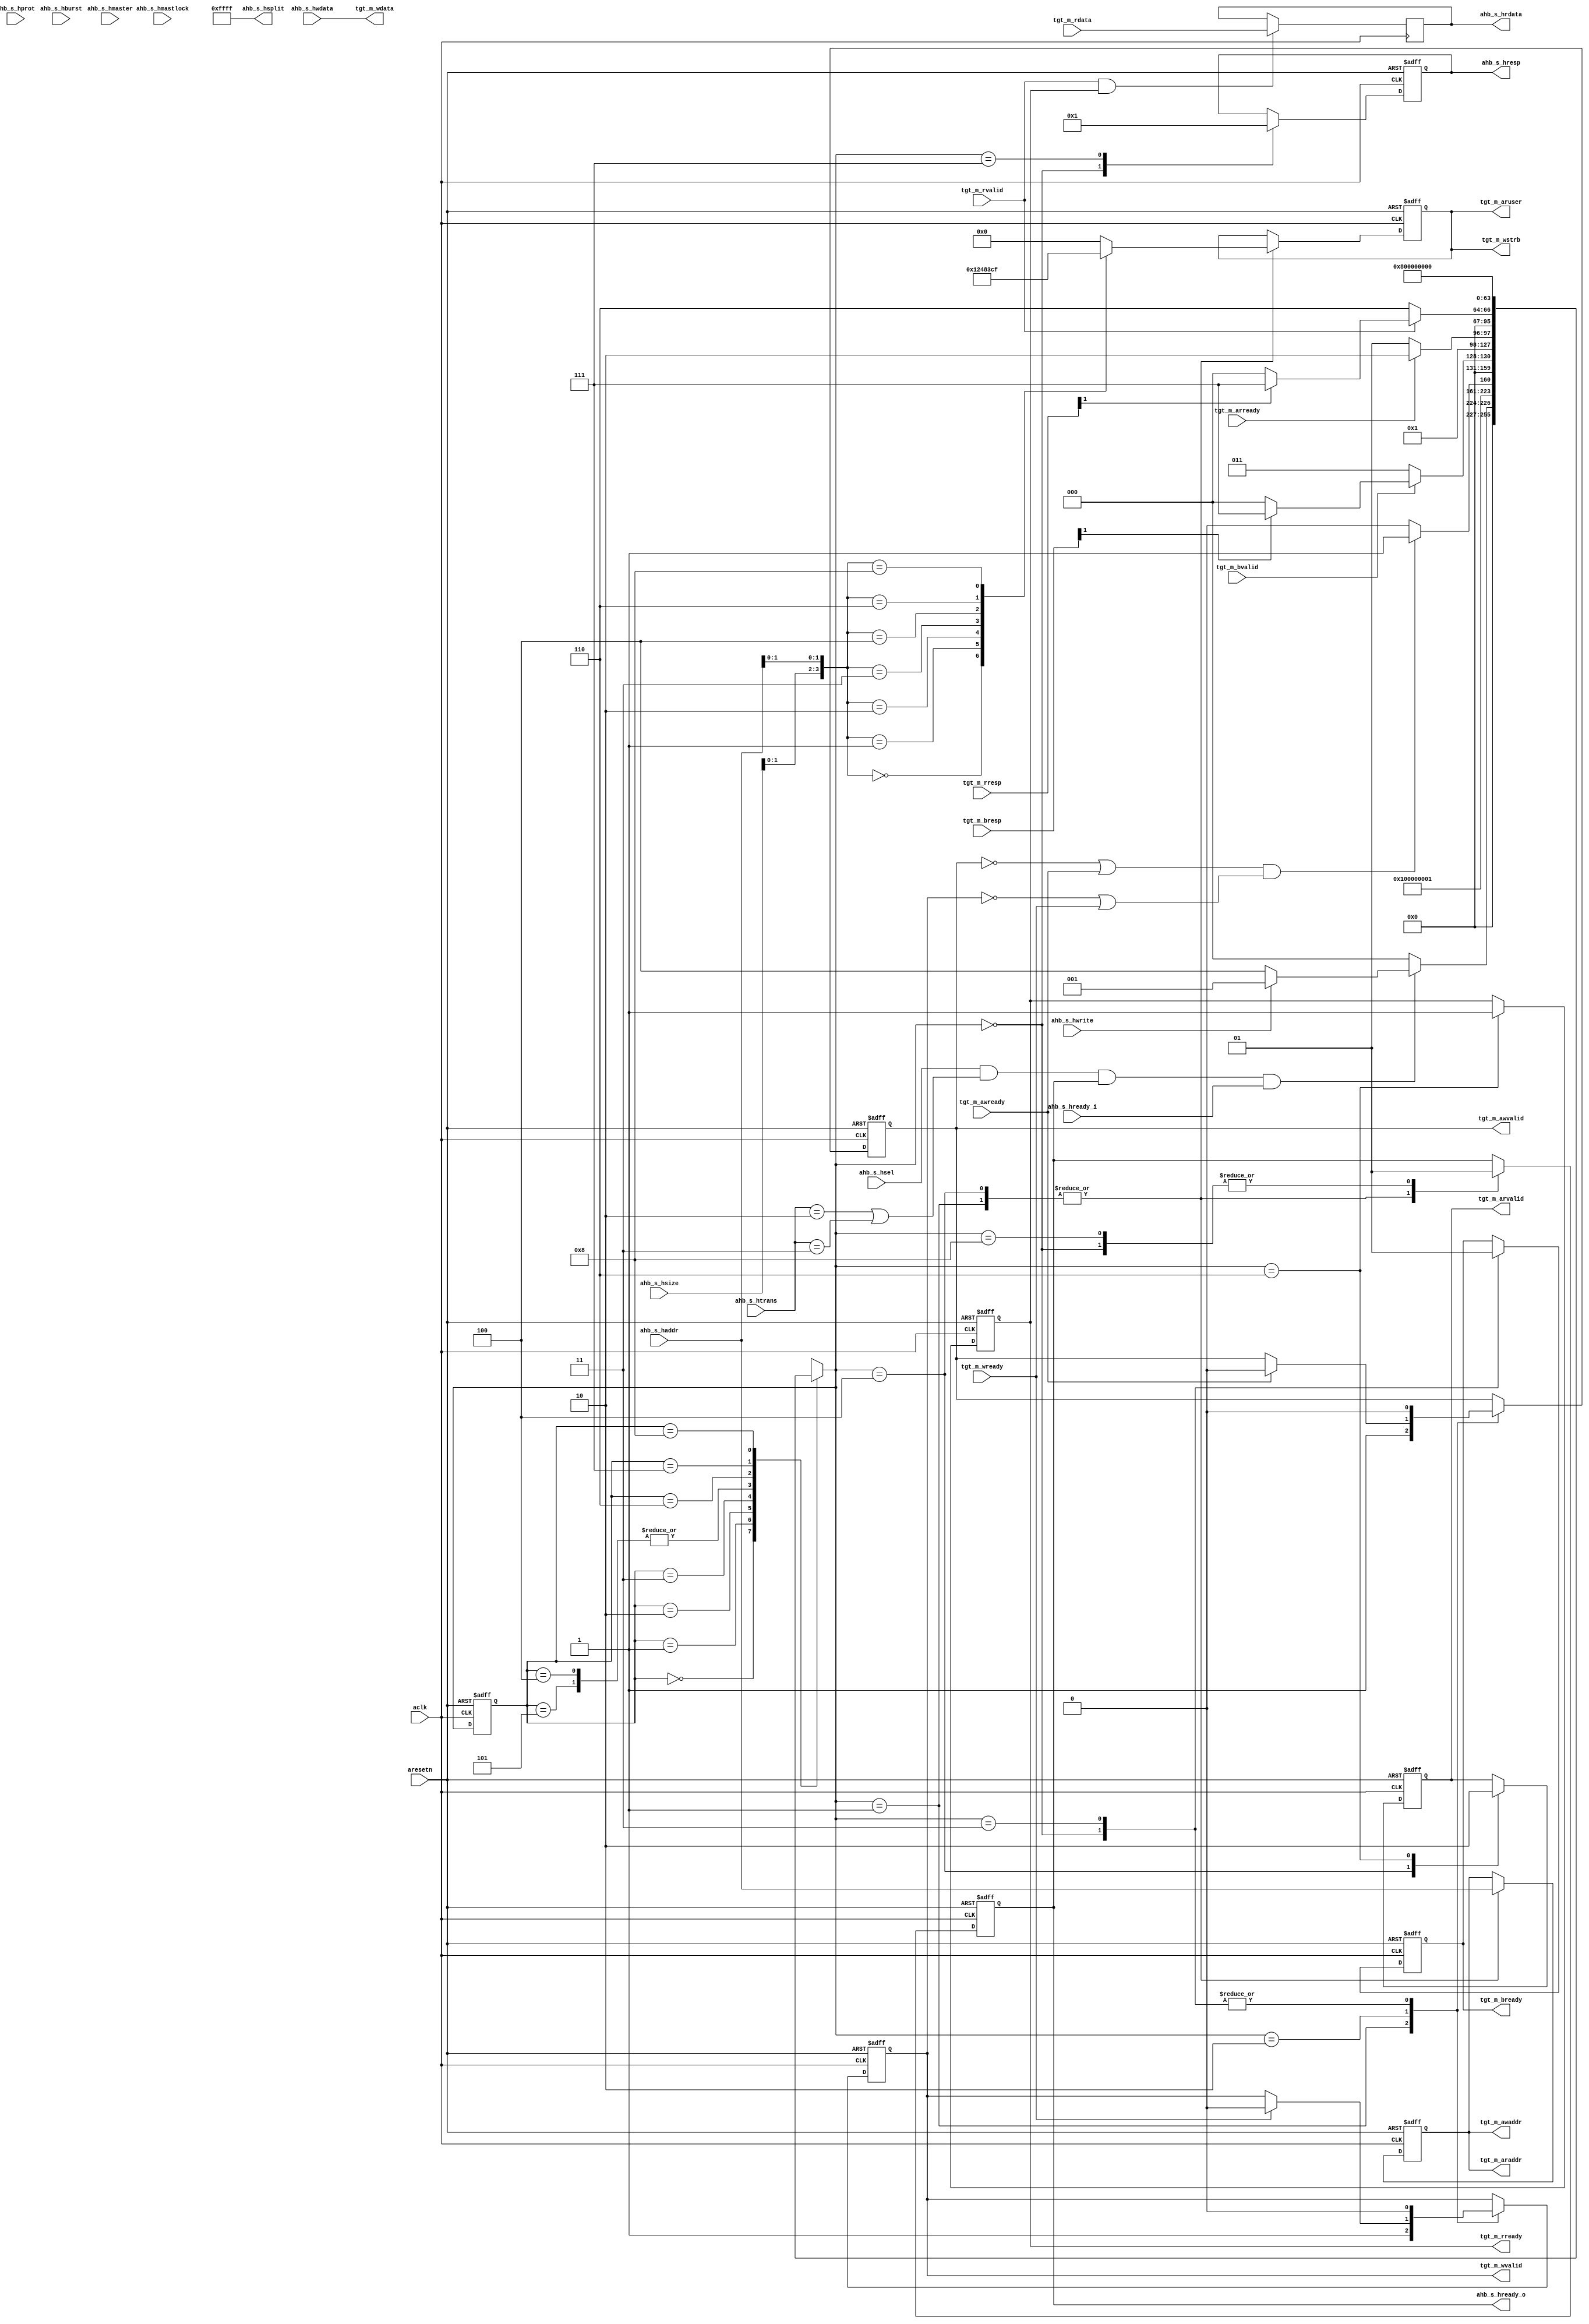
module grpci2_axi_lite_tgt
(
	input aclk,
	input aresetn,

	input ahb_s_hsel,
	input [31:0] ahb_s_haddr,
	input ahb_s_hwrite,
	input [1:0] ahb_s_htrans,
	input [2:0] ahb_s_hsize,
	input [2:0] ahb_s_hburst,
	input [3:0] ahb_s_hprot,
	input [3:0] ahb_s_hmaster,
	input ahb_s_hmastlock,
	input [31:0] ahb_s_hwdata,
	input ahb_s_hready_i,
	output ahb_s_hready_o,
	output [1:0] ahb_s_hresp,
	output [31:0] ahb_s_hrdata,
	output [15:0] ahb_s_hsplit,

	output [31:0] tgt_m_awaddr,
	output tgt_m_awvalid,
	input	tgt_m_awready,

	output [31:0] tgt_m_wdata,
	output [3:0] tgt_m_wstrb,
	output tgt_m_wvalid,
	input	tgt_m_wready,

	input	[1:0] tgt_m_bresp,
	input	tgt_m_bvalid,
	output tgt_m_bready,

	output [31:0] tgt_m_araddr,
	output [3:0] tgt_m_aruser,
	output tgt_m_arvalid,
	input	tgt_m_arready,

	input	[31:0] tgt_m_rdata,
	input	[1:0] tgt_m_rresp,
	input	tgt_m_rvalid,
	output  tgt_m_rready
);

localparam AHB_IDLE=2'b00, AHB_BUSY=2'b01, AHB_NONSEQ=2'b10, AHB_SEQ=2'b11;
localparam AHB_OKAY=2'b00, AHB_ERROR=2'b01, AHB_RETRY=2'b10, AHB_SPLT=2'b11;

reg hready_r;
reg [31:0] hrdata_r;
reg [1:0] hresp_r;

reg awvalid_r;
reg wvalid_r;
reg bready_r;

reg [31:0] addr_r;

reg [31:0] wdata_r;
reg [3:0] strb_r;
reg arvalid_r;
reg rready_r;

integer s1, s1_next;

localparam S1_IDLE=0, S1_WRITE_REQ=1, S1_WRITE_ACK=2, S1_WRITE_WAIT=3,
	S1_READ_ASTB=4, S1_READ_AWAIT=5, S1_READ_DWAIT=6, S1_ERROR_1=7, S1_ERROR_2=8;

assign ahb_s_hready_o = hready_r;
assign ahb_s_hresp = hresp_r;
assign ahb_s_hrdata = hrdata_r;
assign ahb_s_hsplit = 16'hFFFF;

assign tgt_m_awaddr = addr_r;
assign tgt_m_awvalid = awvalid_r;
assign tgt_m_wdata = ahb_s_hwdata;
assign tgt_m_wstrb = strb_r;
assign tgt_m_wvalid = wvalid_r;
assign tgt_m_bready = bready_r;
assign tgt_m_araddr = addr_r;
assign tgt_m_aruser = strb_r;
assign tgt_m_arvalid = arvalid_r;
assign tgt_m_rready = rready_r;

always @(posedge aclk, negedge aresetn)
begin
	if(!aresetn)
		s1 <= S1_IDLE;
	else
		s1 <= s1_next;
end

always @(*)
begin
	case(s1)
		S1_IDLE: begin
			if(ahb_s_hsel && (ahb_s_htrans==AHB_NONSEQ || ahb_s_htrans==AHB_SEQ)
			   	&& ahb_s_hready_o && ahb_s_hready_i) 
				if(ahb_s_hwrite)
					s1_next = S1_WRITE_REQ;
				else
					s1_next = S1_READ_ASTB;
			else
				s1_next = S1_IDLE;
		end
		S1_WRITE_REQ: begin
			s1_next = S1_WRITE_ACK;
		end
		S1_WRITE_ACK: begin
			if((!awvalid_r || tgt_m_awready) &&
				(!wvalid_r || tgt_m_wready))
				s1_next = S1_WRITE_WAIT;
			else
				s1_next = S1_WRITE_ACK;
		end
		S1_WRITE_WAIT: begin
			if(tgt_m_bvalid)
				if(tgt_m_bresp[1]) // Error
					s1_next = S1_ERROR_1;
				else
					s1_next = S1_IDLE;
			else
				s1_next = S1_WRITE_WAIT;
		end
		S1_READ_ASTB,S1_READ_AWAIT: begin
			if(tgt_m_arready)
				s1_next = S1_READ_DWAIT;
			else
				s1_next = S1_READ_AWAIT;
		end
		S1_READ_DWAIT: begin
			if(tgt_m_rvalid)
				if(tgt_m_rresp[1]) // Error
					s1_next = S1_ERROR_1;
				else
					s1_next = S1_IDLE;
			else
				s1_next = S1_READ_DWAIT;
		end
		S1_ERROR_1: begin
			s1_next = S1_ERROR_2;
		end
		S1_ERROR_2: begin
			s1_next = S1_IDLE;
		end
		default: begin
			s1_next = 'bx;
		end
	endcase
end

always @(posedge aclk, negedge aresetn)
begin
	if(!aresetn) begin
		awvalid_r <= 1'b0;
		wvalid_r <= 1'b0;
		bready_r <= 1'b0;
		addr_r <= 'bx;
		wdata_r <= 'bx;
		arvalid_r <= 1'b0;
		rready_r <= 1'b0;
		strb_r <= 'bx;
		hresp_r <= 'b0;
		hready_r <= 1'b0;
	end
	else case(s1_next)
		S1_IDLE: begin
			awvalid_r <= 1'b0;
			wvalid_r <= 1'b0;
			bready_r <= 1'b0;
			hready_r <= 1'b1;
			hresp_r <= AHB_OKAY;
		end
		S1_WRITE_REQ: begin
			hready_r <= 1'b0;
			addr_r <= ahb_s_haddr;
			awvalid_r <= 1'b1;
			case({ahb_s_hsize[1:0],ahb_s_haddr[1:0]})
				4'b0000: strb_r <= 4'b0001;
				4'b0001: strb_r <= 4'b0010;
				4'b0010: strb_r <= 4'b0100;
				4'b0011: strb_r <= 4'b1000;
				4'b0100: strb_r <= 4'b0011;
				4'b0110: strb_r <= 4'b1100;
				4'b1000: strb_r <= 4'b1111;
				default: strb_r <= 4'b0000;
			endcase
			wvalid_r <= 1'b1;
		end
		S1_WRITE_ACK: begin
			if(tgt_m_awready)
				awvalid_r <= 1'b0;
			if(tgt_m_wready)
				wvalid_r <= 1'b0;
		end
		S1_WRITE_WAIT: begin
			awvalid_r <= 1'b0;
			wvalid_r <= 1'b0;
			bready_r <= 1'b1;
		end
		S1_READ_ASTB: begin
			hready_r <= 1'b0;
			addr_r <= ahb_s_haddr;
			arvalid_r <= 1'b1;
			case({ahb_s_hsize[1:0],ahb_s_haddr[1:0]})
				4'b0000: strb_r <= 4'b0001;
				4'b0001: strb_r <= 4'b0010;
				4'b0010: strb_r <= 4'b0100;
				4'b0011: strb_r <= 4'b1000;
				4'b0100: strb_r <= 4'b0011;
				4'b0110: strb_r <= 4'b1100;
				4'b1000: strb_r <= 4'b1111;
				default: strb_r <= 4'b0000;
			endcase
		end
		S1_READ_AWAIT: begin
		end
		S1_READ_DWAIT: begin
			arvalid_r <= 1'b0;
			rready_r <= 1'b1;
		end
		S1_ERROR_1: begin
			hresp_r <= AHB_ERROR;
		end
		S1_ERROR_2: begin
			hready_r <= 1'b1;
		end
	endcase
end

always @(posedge aclk)
begin
	if(tgt_m_rvalid && tgt_m_rready)
		hrdata_r <= tgt_m_rdata;
end

endmodule